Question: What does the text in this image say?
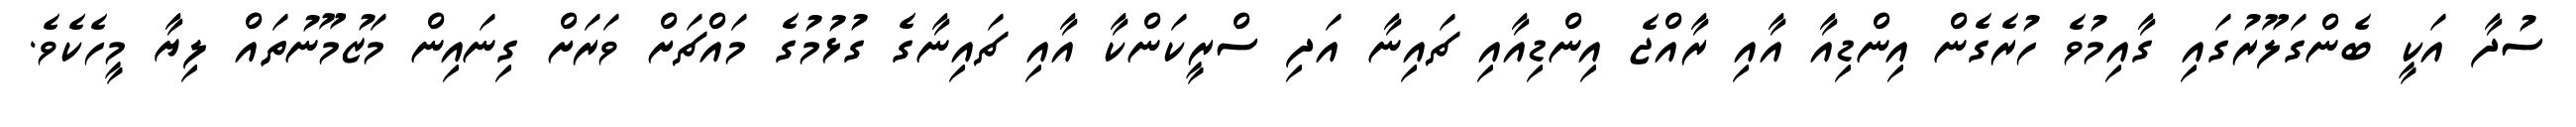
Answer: ސުދާ އަކީ ބެންގަލޫރުގައި ގާއިމުވެ ހުރެގެން އިންޑިއާ އާއި ރާއްޖެ އިންޑިއާއި ޗައިނާ އަދި ސްރީކަންކާ އާއި ޗައިނާގެ ގުޅުމުގެ މައްޗަށް ވަރަށް ގިނައިން މަޒުމޫނުތައް ލިޔާ މީހެކެވެ.